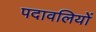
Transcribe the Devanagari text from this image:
पदावलियों